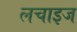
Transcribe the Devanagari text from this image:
लचाइज